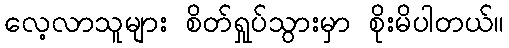
လေ့လာသူများ စိတ်ရှုပ်သွားမှာ စိုးမိပါတယ်။